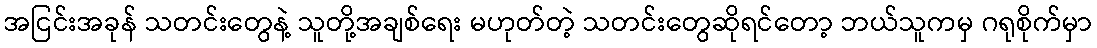
အငြင်းအခုန် သတင်းတွေနဲ့ သူတို့အချစ်ရေး မဟုတ်တဲ့ သတင်းတွေဆိုရင်တော့ ဘယ်သူကမှ ဂရုစိုက်မှာ